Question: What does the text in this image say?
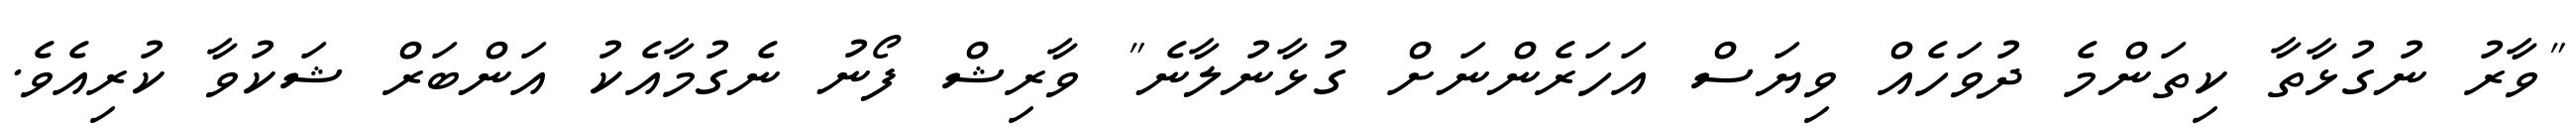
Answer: "ވާރު ނުގުޅާތާ ކިތަންމެ ދުވަހެއް ވިޔަސް އަހަރެންނަށް ގުޅާނުލާނެ" ވާރިޝް ފޯނު ނެގުމާއެކު އަންބަރް ޝަކުވާ ކުރިއެވެ.